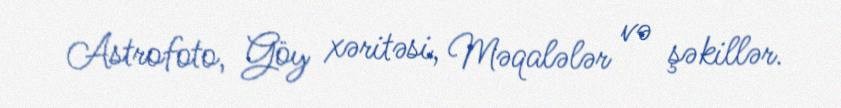
Astrofoto, Göy xəritəsi, Məqalələr və şəkillər.